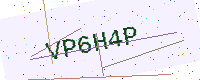
Text: VP6H4P